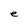
Character: e